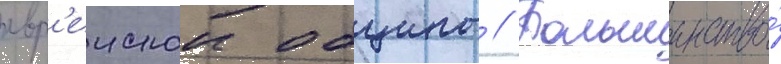
евр'еискои общины // Большинство́